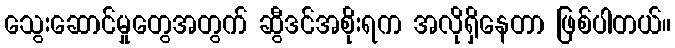
သွေးဆောင်မှုတွေအတွက် ဆွီဒင်အစိုးရက အလိုရှိနေတာ ဖြစ်ပါတယ်။